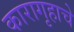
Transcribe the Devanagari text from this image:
कारागृहाचे